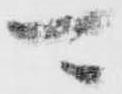
可